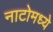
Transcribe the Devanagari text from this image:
नाटोमध्ये